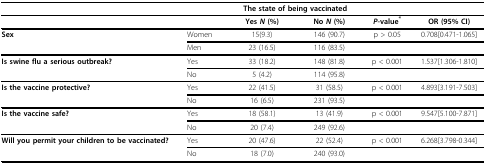
<table><thead><tr><td></td><td></td><td colspan="2"><b>The state of being vaccinated</b></td><td></td><td></td></tr></thead><tbody><tr><td></td><td></td><td><b>Yes <i>N </i>(%)</b></td><td><b>No <i>N </i>(%)</b></td><td><b><i>P</i>-value</b><sup><b>*</b></sup></td><td><b>OR (95% CI)</b></td></tr><tr><td><b>Sex</b></td><td>Women</td><td>15(9.3)</td><td>146 (90.7)</td><td>p &gt; 0.05</td><td>0.708[0.471-1.065]</td></tr><tr><td></td><td>Men</td><td>23 (16.5)</td><td>116 (83.5)</td><td></td><td></td></tr><tr><td><b>Is swine flu a serious outbreak?</b></td><td>Yes</td><td>33 (18.2)</td><td>148 (81.8)</td><td>p &lt; 0.001</td><td>1.537[1.306-1.810]</td></tr><tr><td></td><td>No</td><td>5 (4.2)</td><td>114 (95.8)</td><td></td><td></td></tr><tr><td><b>Is the vaccine protective?</b></td><td>Yes</td><td>22 (41.5)</td><td>31 (58.5)</td><td>p &lt; 0.001</td><td>4.893[3.191-7.503]</td></tr><tr><td></td><td>No</td><td>16 (6.5)</td><td>231 (93.5)</td><td></td><td></td></tr><tr><td><b>Is the vaccine safe?</b></td><td>Yes</td><td>18 (58.1)</td><td>13 (41.9)</td><td>p &lt; 0.001</td><td>9.547[5.100-7.871]</td></tr><tr><td></td><td>No</td><td>20 (7.4)</td><td>249 (92.6)</td><td></td><td></td></tr><tr><td><b>Will you permit your children to be vaccinated?</b></td><td>Yes</td><td>20 (47.6)</td><td>22 (52.4)</td><td>p &lt; 0.001</td><td>6.268[3.798-0.344]</td></tr><tr><td></td><td>No</td><td>18 (7.0)</td><td>240 (93.0)</td><td></td><td></td></tr></tbody></table>